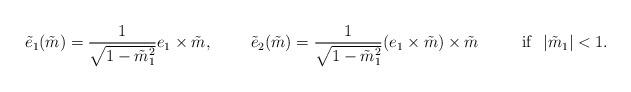
LaTeX: \begin{align*}\tilde{e}_1( \tilde{m}) = \frac{1}{\sqrt{1-\tilde{m}_1^2}}{e}_1 \times \tilde{m},\ \ \ \ \ \ \ \tilde{e}_2(\tilde{m})= \frac{1}{\sqrt{1-\tilde{m}_1^2}}( {e}_1 \times \tilde{m} ) \times \tilde{m}\ \ \ \ \ \ \ \ {\rm if}\ \ |\tilde{m}_1|<1.\end{align*}